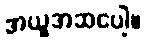
အယူအဆပေါ့။